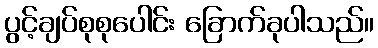
ပွင့်ချပ်စုစုပေါင်း ခြောက်ခုပါသည်။